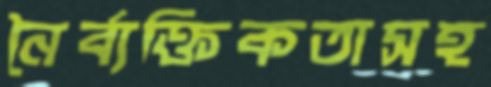
নৈর্ব্যক্তিকতাসহ